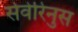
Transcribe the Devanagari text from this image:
सेवेरिनुस